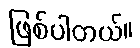
ဖြစ်ပါတယ်။